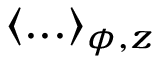
\langle . . . \rangle _ { \phi , z }